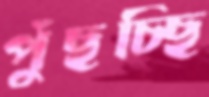
পুঁছচ্ছি